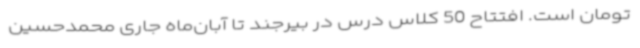
تومان است. افتتاح 50 کلاس درس در بیرجند تا آبان‌ماه جاری محمدحسین